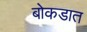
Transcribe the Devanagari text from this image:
बोकडात